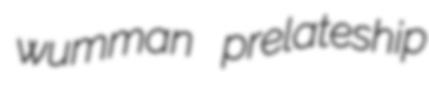
wumman prelateship